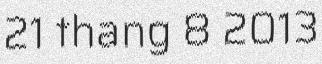
21 thang 8 2013